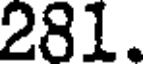
281.